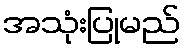
အသုံးပြုမည်